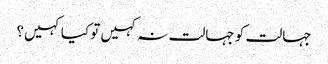
جہالت کو جہالت نہ کہیں تو کیا کہیں؟